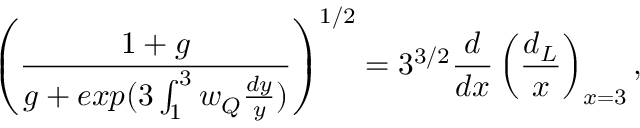
\left( \frac { 1 + g } { g + e x p ( 3 \int _ { 1 } ^ { 3 } w _ { Q } \frac { d y } { y } ) } \right) ^ { 1 / 2 } = 3 ^ { 3 / 2 } \frac { d } { d x } \left( \frac { d _ { L } } { x } \right) _ { x = 3 } ,